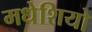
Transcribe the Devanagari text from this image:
मधेशियो